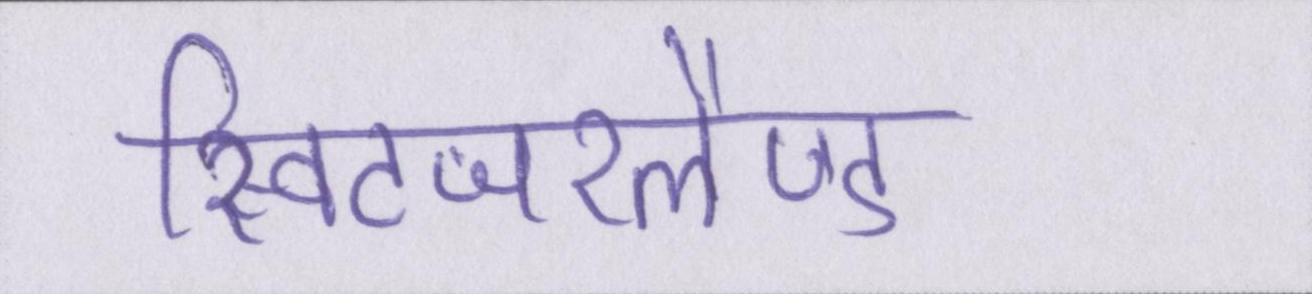
स्विटजरलैण्ड